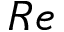
R e